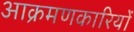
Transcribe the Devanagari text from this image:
आक्रमणकारियोंं